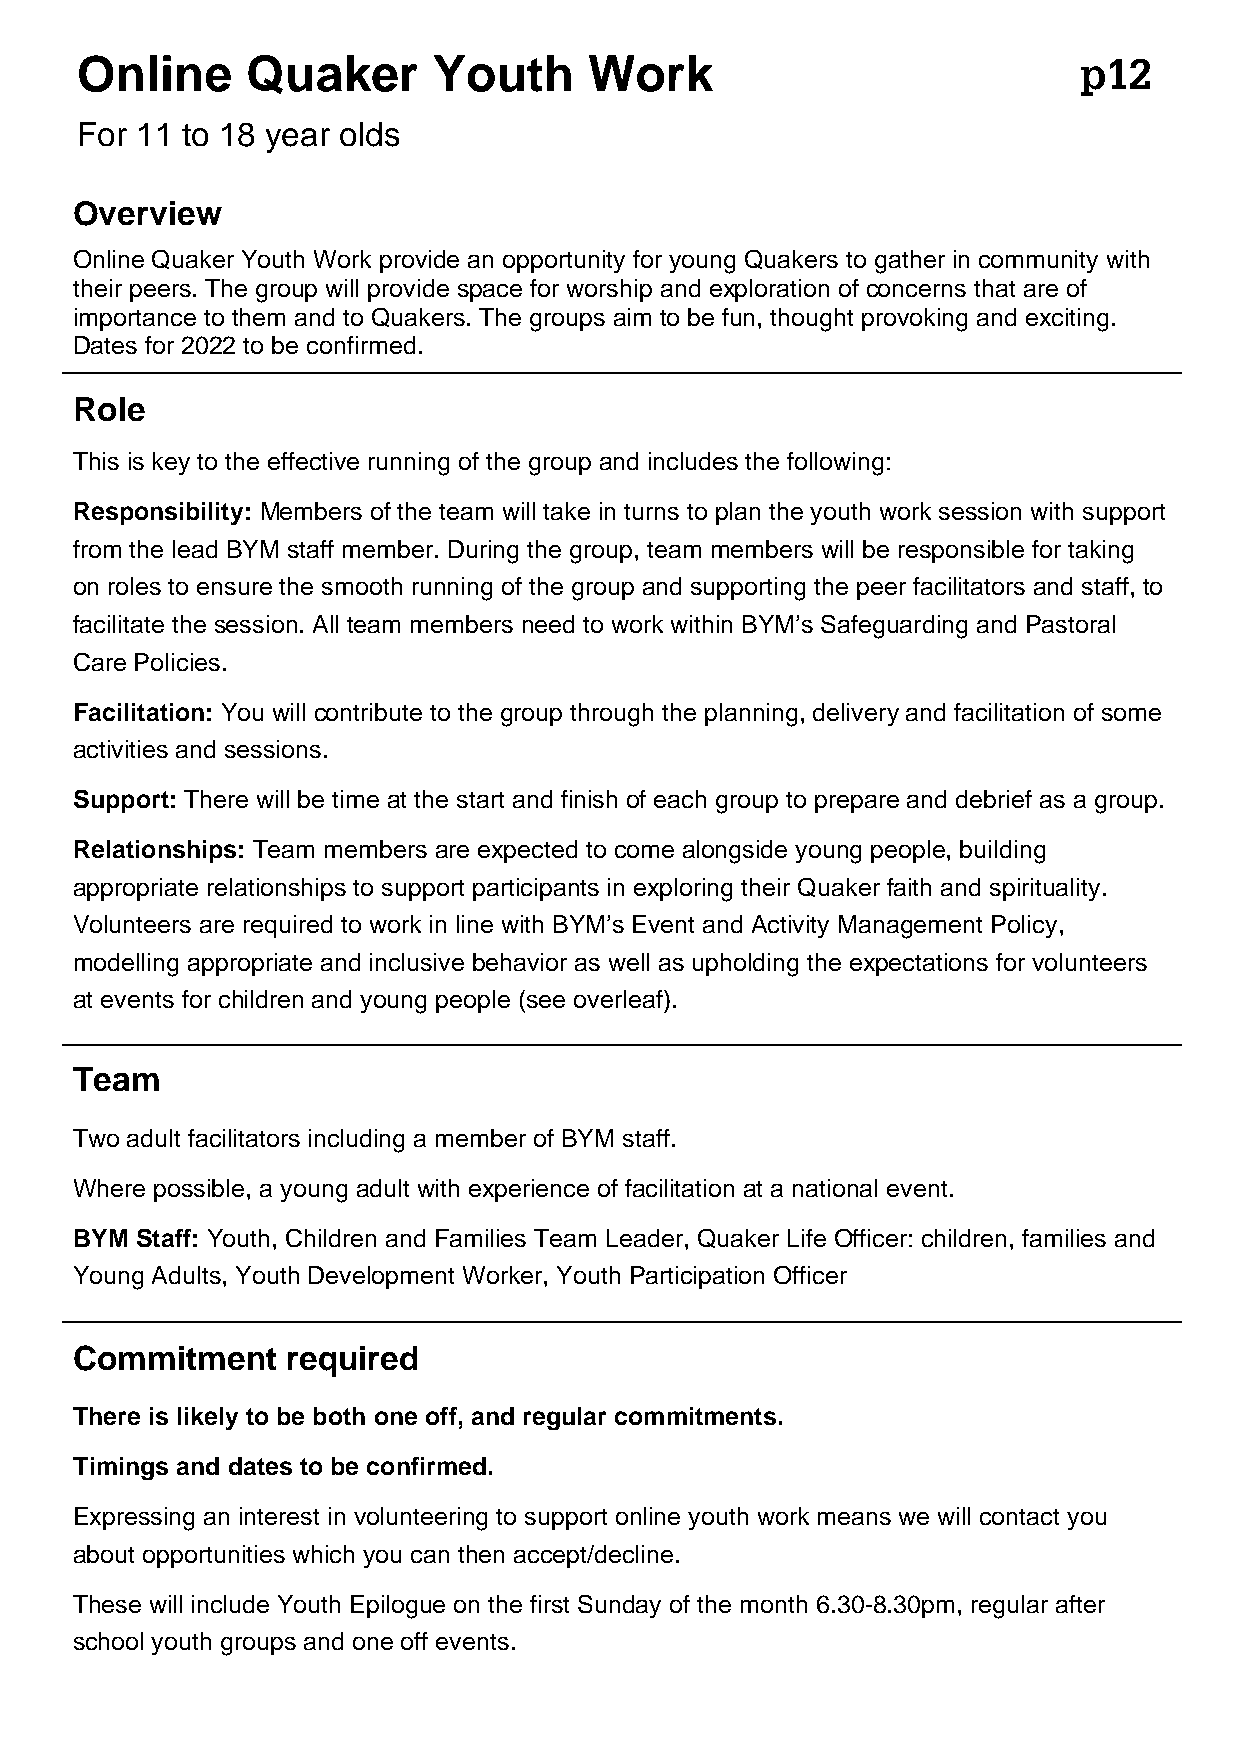
Online     Quaker       Youth     Work                            p12
 For 11 to 18 year olds
 Overview
 Online Quaker Youth Work provide an opportunity for young Quakers to gather in community with
 their peers. The group will provide space for worship and exploration of concerns that are of
 importance to them and to Quakers. The groups aim to be fun, thought provoking and exciting.
 Dates for 2022 to be confirmed.
 Role
 This is key to the effective running of the group and includes the following:
 Responsibility: Members of the team will take in turns to plan the youth work session with support
 from the lead BYM staff member. During the group, team members will be responsible for taking
 on roles to ensure the smooth running of the group and supporting the peer facilitators and staff, to
 facilitate the session. All team members need to work within BYM’s Safeguarding and Pastoral
 Care Policies.
 Facilitation: You will contribute to the group through the planning, delivery and facilitation of some
 activities and sessions.
 Support: There will be time at the start and finish of each group to prepare and debrief as a group.
 Relationships: Team members are expected to come alongside young people, building
 appropriate relationships to support participants in exploring their Quaker faith and spirituality.
 Volunteers are required to work in line with BYM’s Event and Activity Management Policy,
 modelling appropriate and inclusive behavior as well as upholding the expectations for volunteers
 at events for children and young people (see overleaf).
 Team
 Two adult facilitators including a member of BYM staff.
 Where possible, a young adult with experience of facilitation at a national event.
 BYM Staff: Youth, Children and Families Team Leader, Quaker Life Officer: children, families and
 Young Adults, Youth Development Worker, Youth Participation Officer
 Commitment    required
 There is likely to be both one off, and regular commitments.
 Timings and dates to be confirmed.
 Expressing an interest in volunteering to support online youth work means we will contact you
 about opportunities which you can then accept/decline.
 These will include Youth Epilogue on the first Sunday of the month 6.30-8.30pm, regular after
 school youth groups and one off events.